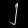
Digit: ၂